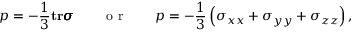
p = - \frac { 1 } { 3 } \mathbf { t r } \pmb { \sigma } \qquad \textnormal { o r } \qquad p = - \frac { 1 } { 3 } \left( \sigma _ { x x } + \sigma _ { y y } + \sigma _ { z z } \right) ,